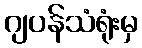
ဂျပန်သံရုံးမှ